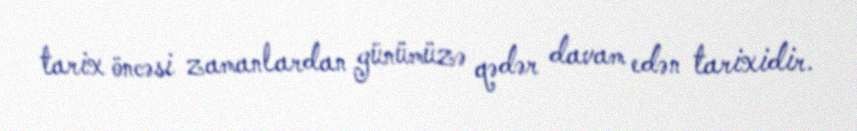
tarix öncəsi zamanlardan günümüzə qədər davam edən tarixidir.